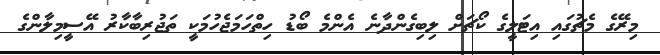
މިރޭގެ މެޗުގައި އިޓަލީގެ ކޯޗަށް ލިބިގެންދާނެ އެންމެ ބޯޑު ހިތްހަމަޖެހުމަކީ ތަޖުރިބާކާރު އޭސީމިލާންގެ